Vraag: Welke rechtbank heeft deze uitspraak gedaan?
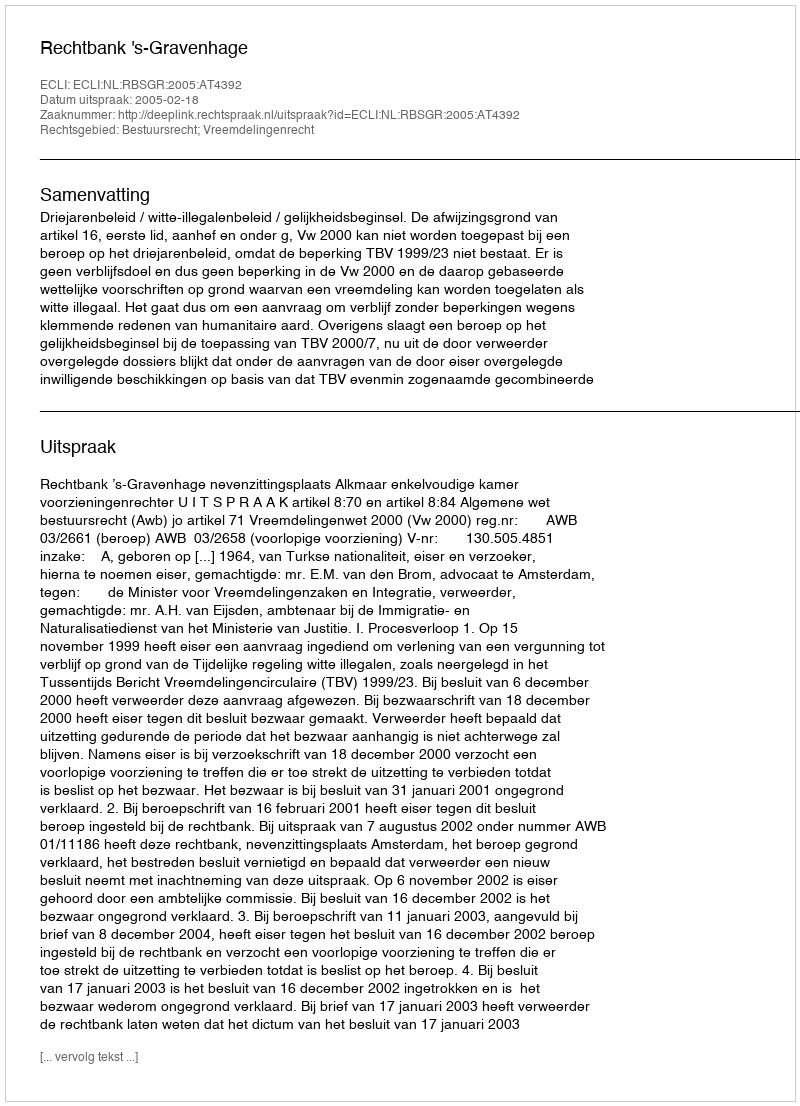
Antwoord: Rechtbank 's-Gravenhage